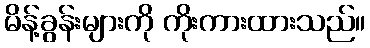
မိန့်ခွန်းများကို ကိုးကားထားသည်။